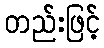
တည်းဖြင့်